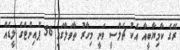
ރޭގެ ކާމިޔާބީއާ އެކު ޗެލްސީ ވަނީ މިހާރު ތާވަލްގައި 56 ޕޮއިންޓްގެ ލީޑެއް